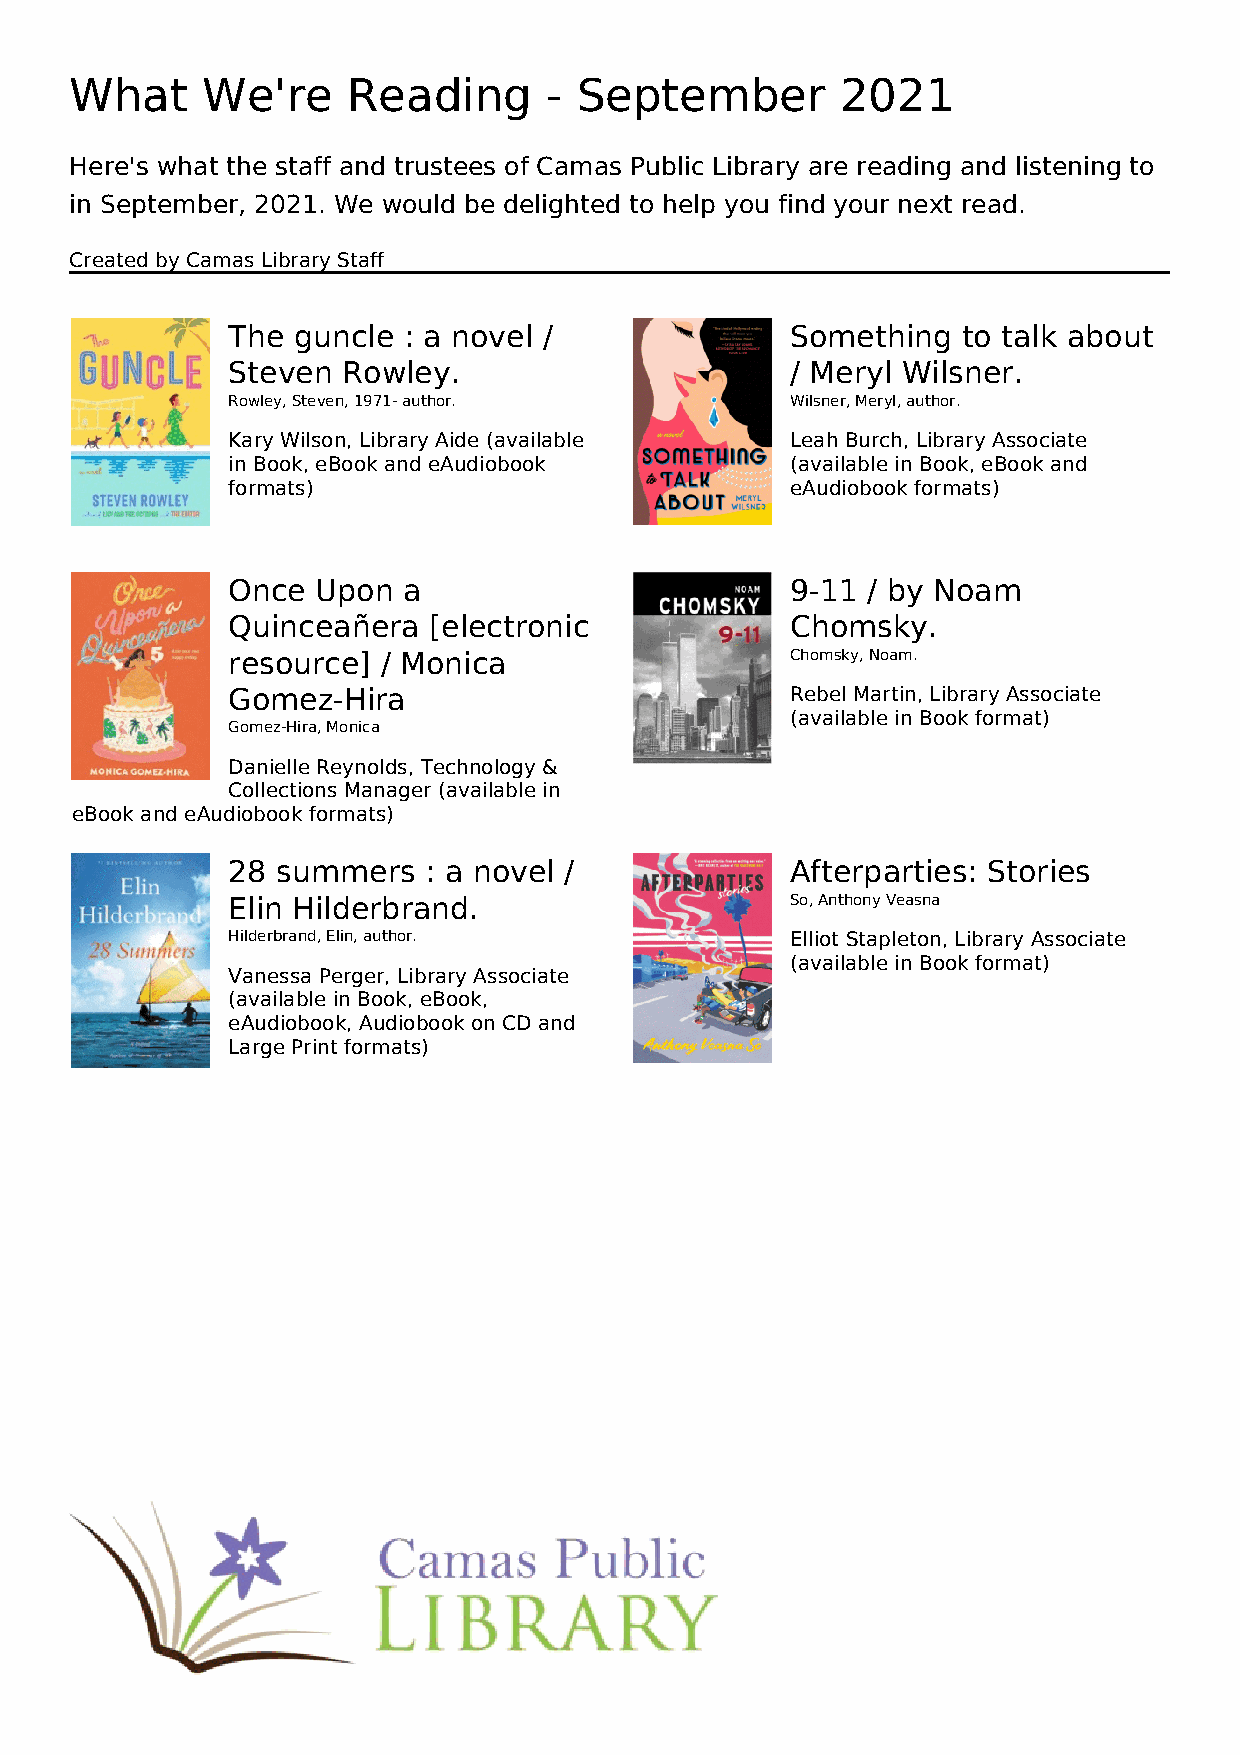
What    We're     Reading      - September         2021
 Here's what the staff and trustees of Camas Public Library are reading and listening to
 in September, 2021. We would be delighted to help you find your next read.
 Created by Camas Library Staff
 The guncle  : a novel /              Something   to talk about
 Steven  Rowley.                      / Meryl Wilsner.
 Rowley, Steven, 1971- author.        Wilsner, Meryl, author.
 Kary Wilson, Library Aide (available Leah Burch, Library Associate
 in Book, eBook and eAudiobook        (available in Book, eBook and
 formats)                             eAudiobook formats)
 Once  Upon  a                        9-11 / by Noam
 Quinceañera  [electronic             Chomsky.
 resource] / Monica                   Chomsky, Noam.
 Gomez-Hira                           Rebel Martin, Library Associate
 (available in Book format)
 Gomez-Hira, Monica
 Danielle Reynolds, Technology &
 Collections Manager (available in
 eBook and eAudiobook formats)
 28 summers   : a novel /             Afterparties: Stories
 Elin Hilderbrand.                    So, Anthony Veasna
 Hilderbrand, Elin, author.           Elliot Stapleton, Library Associate
 (available in Book format)
 Vanessa Perger, Library Associate
 (available in Book, eBook,
 eAudiobook, Audiobook on CD and
 Large Print formats)